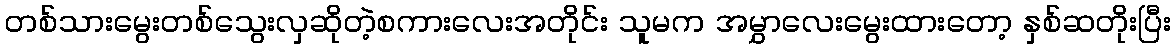
တစ်သားမွေးတစ်သွေးလှဆိုတဲ့စကားလေးအတိုင်း သူမက အမွှာလေးမွေးထားတော့ နှစ်ဆတိုးပြီး